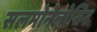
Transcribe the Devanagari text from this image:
सलमोनेलोसिन